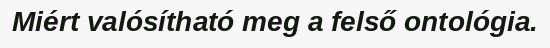
Miért valósítható meg a felső ontológia.